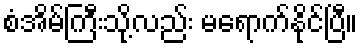
စံအိမ်ကြီးသို့လည်း မရောက်နိုင်ပြီ။